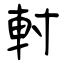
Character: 軵